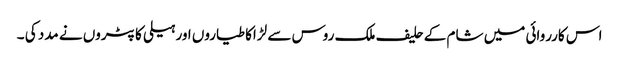
اس کارروائی میں شام کے حلیف ملک روس سے لڑاکا طیاروں اور ہیلی کاپٹروں نے مدد کی ۔